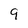
Character: 9